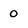
Character: 0